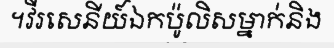
។វីរសេនីយ៍ឯកប៉ូលិសម្នាក់និង